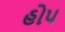
હોપ